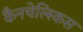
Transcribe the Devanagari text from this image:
कैनचेल्स्किस